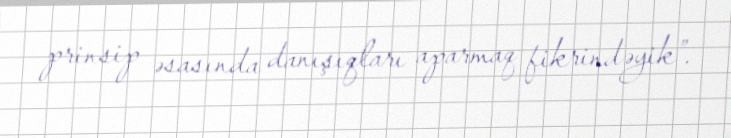
prinsip əsasında danışıqları aparmaq fikrindəyik”.